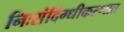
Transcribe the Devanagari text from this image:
निःसंदिग्धीकरणात